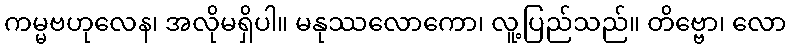
ကမ္မဗဟုလေန၊ အလိုမရှိပါ။ မနုဿလောကော၊ လူ့ပြည်သည်။ တိဗ္ဗော၊ လော